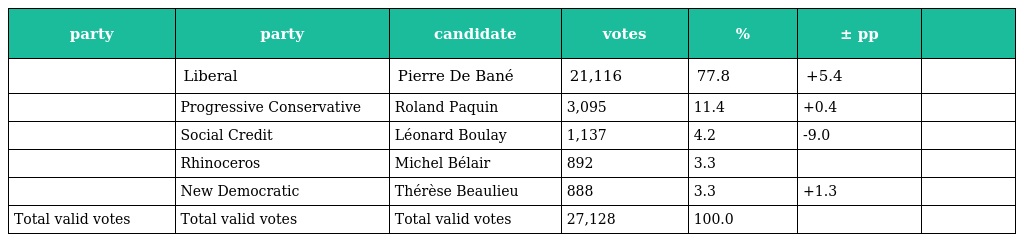
| party | party | candidate | votes | % | ± pp |  |
 | --- | --- | --- | --- | --- | --- | --- |
 |  | Liberal | Pierre De Bané | 21,116 | 77.8 | +5.4 |  |
 |  | Progressive Conservative | Roland Paquin | 3,095 | 11.4 | +0.4 |  |
 |  | Social Credit | Léonard Boulay | 1,137 | 4.2 | -9.0 |  |
 |  | Rhinoceros | Michel Bélair | 892 | 3.3 |  |  |
 |  | New Democratic | Thérèse Beaulieu | 888 | 3.3 | +1.3 |  |
 | Total valid votes | Total valid votes | Total valid votes | 27,128 | 100.0 |  |  |